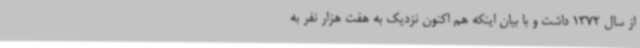
از سال 1372 داشت و با بیان اینکه هم اکنون نزدیک به هفت هزار نفر به